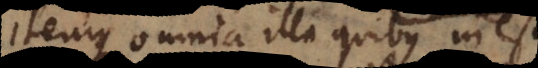
itemque omnia illa quibus inest,